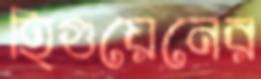
হিগুয়েনের